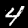
Label: 4